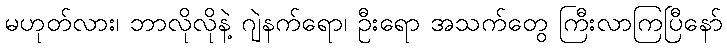
မဟုတ်လား၊ ဘာလိုလိုနဲ့ ဂျဲနက်ရော၊ ဦးရော အသက်တွေ ကြီးလာကြပြီနော်